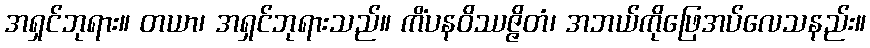
အရှင်ဘုရား။ တယာ၊ အရှင်ဘုရားသည်။ ကိံပနဝိဿဇ္ဇိတံ၊ အဘယ်ကိုဖြေအပ်လေသနည်း။